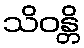
သိဝန္တိ